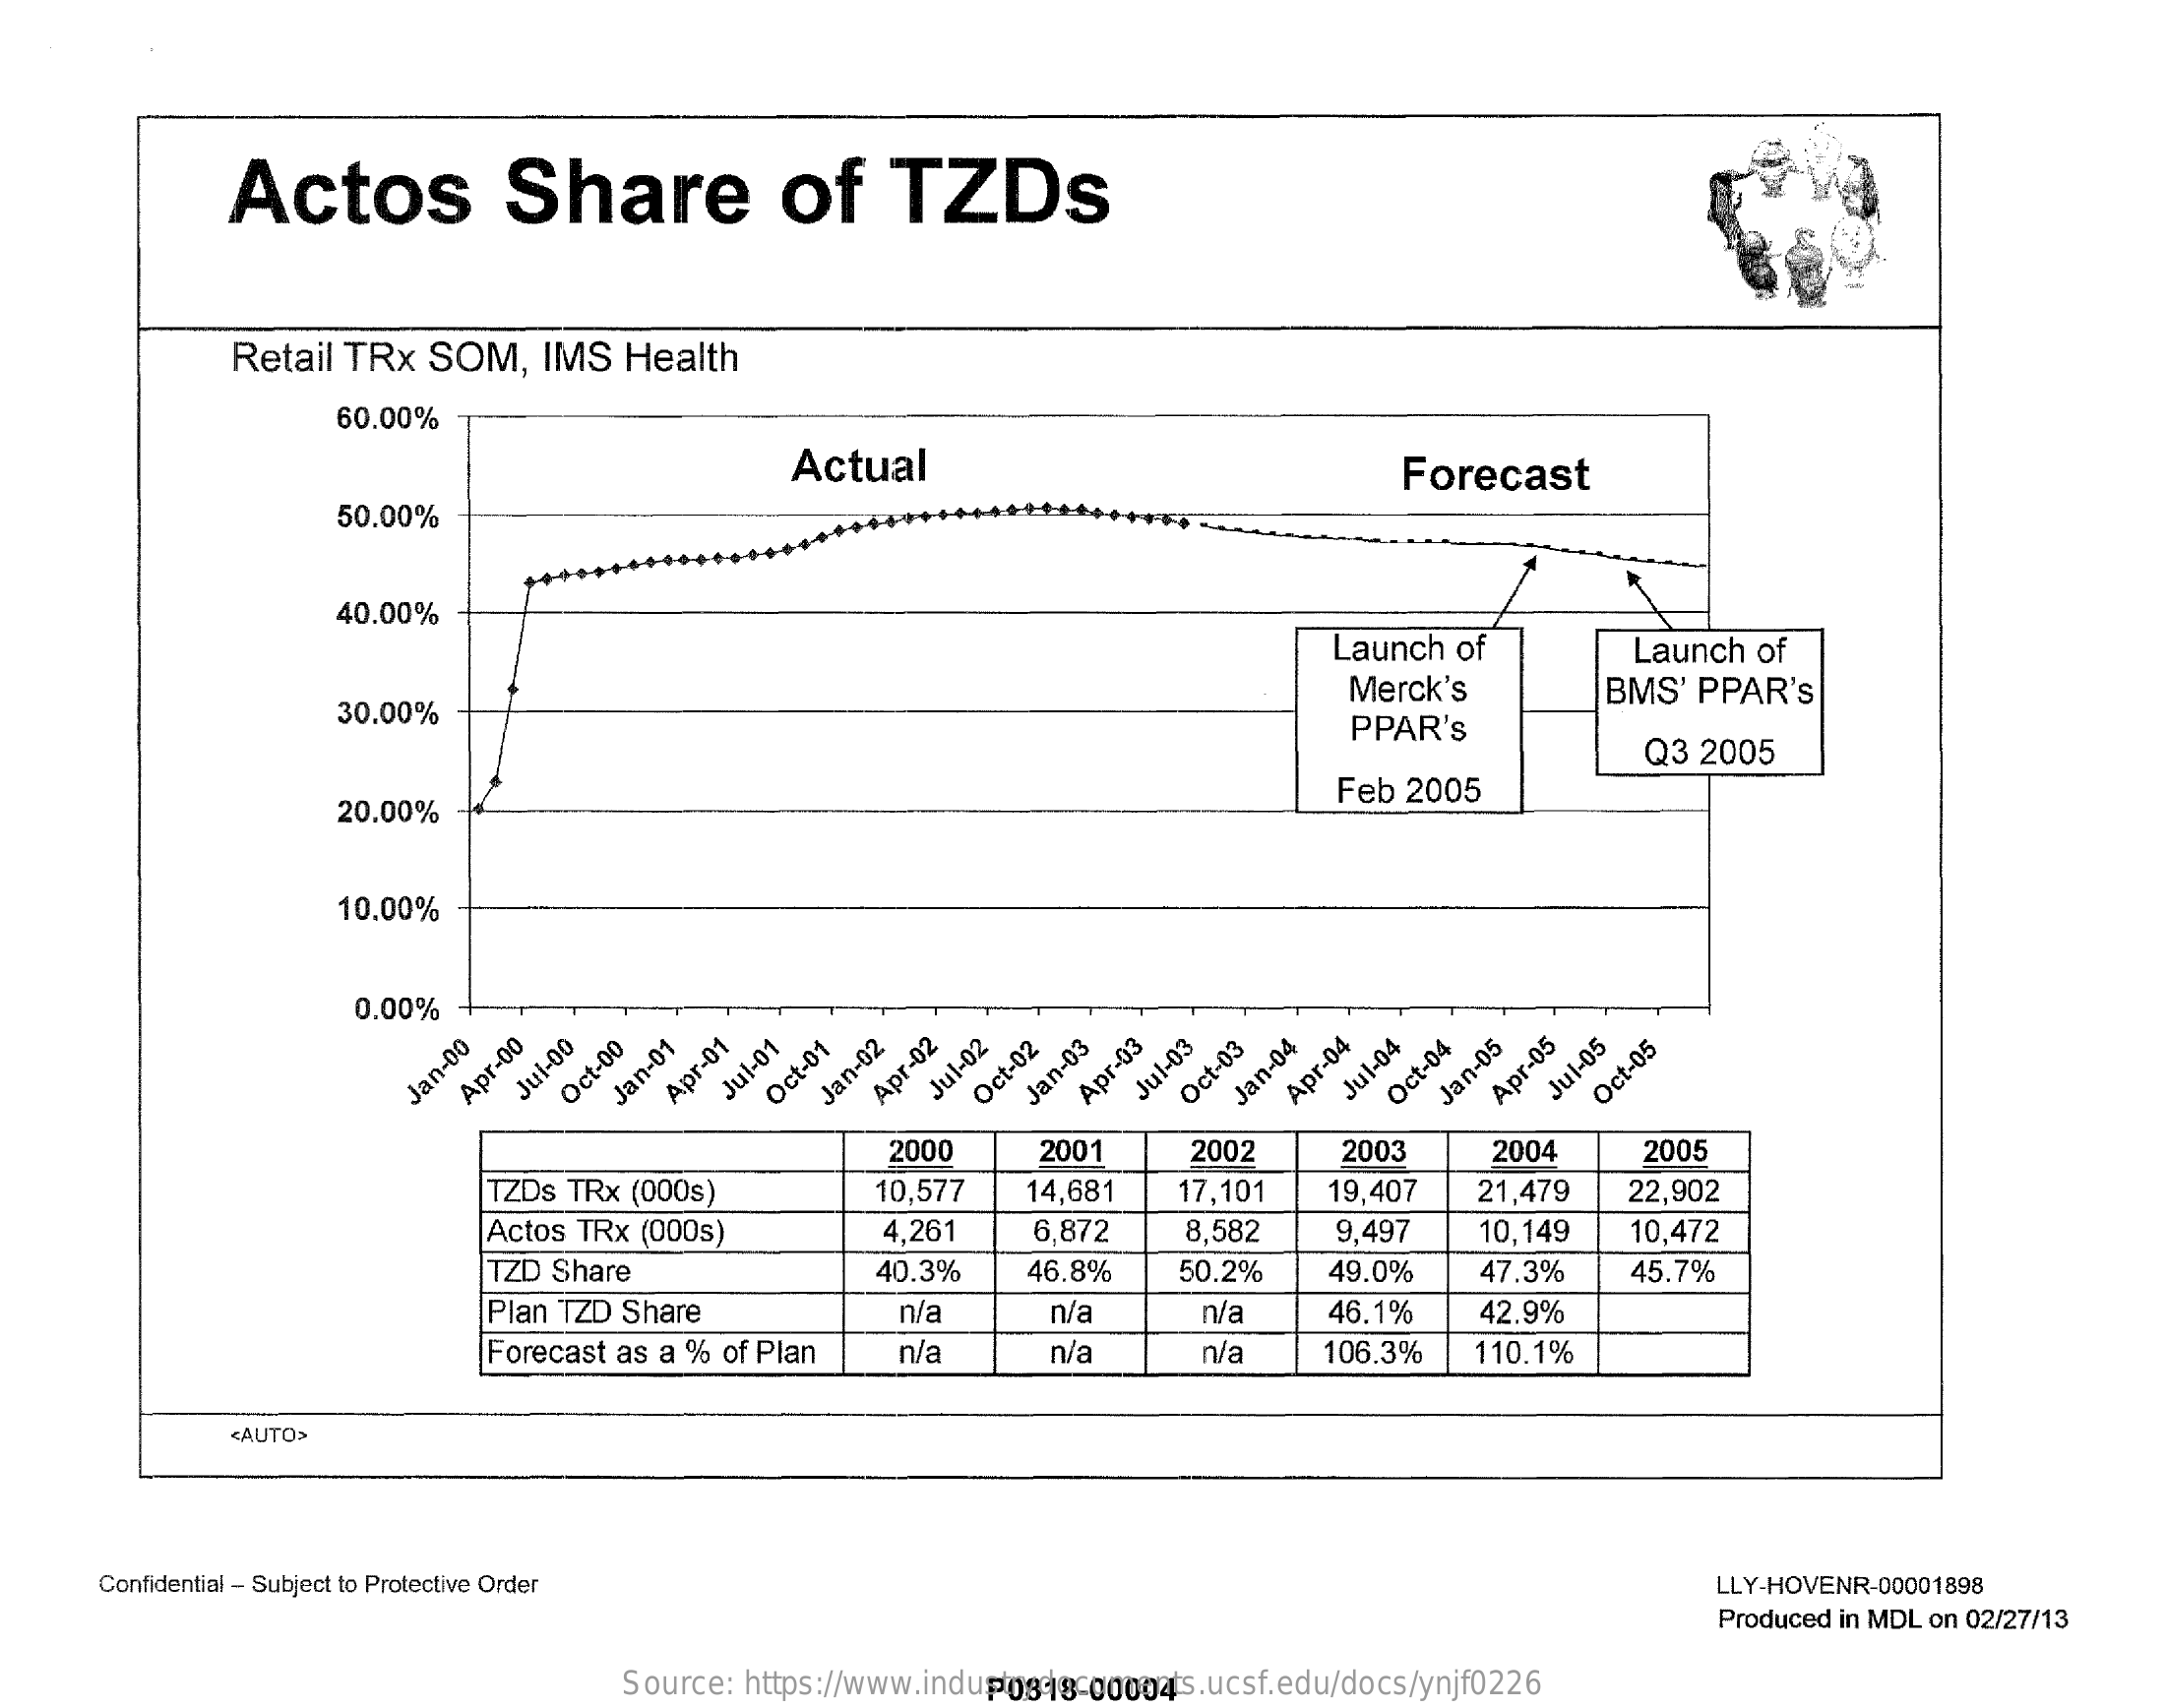
Actos    Share    of    TZDs
     Retail    TRx    SOM,    IMS    Health
     60.00%
     Actual    Forecast
     50.00%
     40.00%
     Launch    of    Launch    of
     30.00%
     Merck's    BMS'    PPAR'S
     PPAR's
     Q3    2005
     20.00%
     Feb    2005
     10.00%
     0.00%
     Jan-00 Apr-00 Jui-00 Oct-00 Jan-01 Apr-01 Jul-01 Oct-01 Jan-02 Apr-02 Jul-02 Oct-02 Jan-03 Apr-03 Jul-03 Oct-03 Jan-04 Apr-04 Jul-04 Oct-04 Jan-05 Apr-05 Jul-05 Oct-05
     2000    2001    2002    2003    2004    2005
     TZDs    TRx    (000s)    10,577    14,681    17,101    19,407    21,479    22,902
     Actos    TRx    (000s)    4,261    6,872    8,582    9,497    10,149    10,472
     TZD    Share    40.3%    46.8%    50.2%    49.0%    47.3%    45.7%
     Plan    TZD    Share    n/a    n/a    n/a    46.1%    42.9%
     Forecast    as   a   %  of  Plan    n/a    n/a    n/a    106.3%    110.1%
     <AUTO>
     Confidential  -  Subject   to Protective   Order    LLY-HOVENR-00001898
     Produced    in MDL    on  02/27/13
     Source:    https://www.industrydocuments.ucsf.edu/docs/ynjf0226 P0818-00004